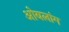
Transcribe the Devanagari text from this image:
ओबलांग